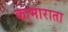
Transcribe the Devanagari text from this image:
कामाराता